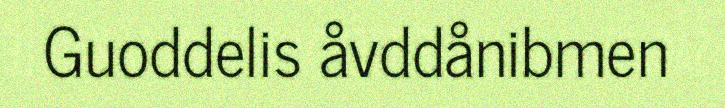
Guoddelis åvddånibmen